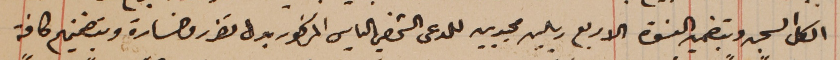
الكل السجن وبتضمين النسوة الاربع ريالين مجيديىن للمدعى الشخصي الياس المذكور بدل تضرر وخسارة وبتضمينهم كافة